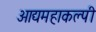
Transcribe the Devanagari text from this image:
आद्यमहाकल्पी